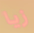
زيا